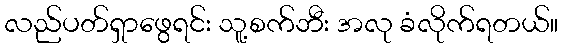
လည်ပတ်ရှာဖွေရင်း သူ့စက်ဘီး အလု ခံလိုက်ရတယ်။